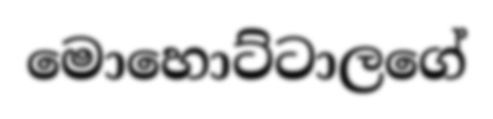
මොහොට්ටාලගේ